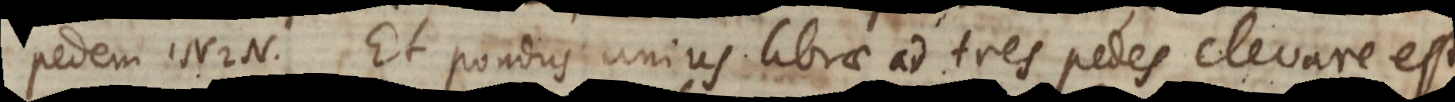
pedem N N. Et pondus unius librae ad tres pedes elevare